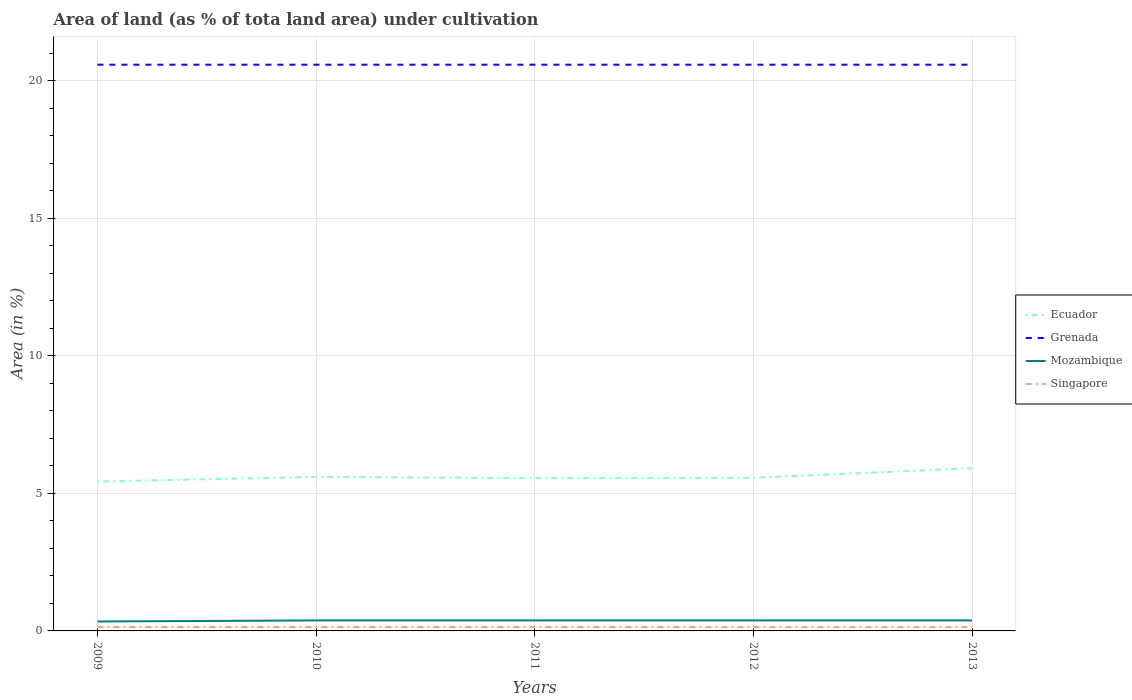
| Years | Ecuador | Grenada | Mozambique | Singapore |
 | --- | --- | --- | --- | --- |
 | 2009 | 5.43 | 20.6 | 0.343 | 0.143 |
 | 2010 | 5.6 | 20.6 | 0.381 | 0.142 |
 | 2011 | 5.55 | 20.6 | 0.381 | 0.142 |
 | 2012 | 5.57 | 20.6 | 0.381 | 0.142 |
 | 2013 | 5.91 | 20.6 | 0.381 | 0.141 |